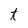
Character: t